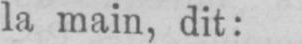
la main, dit: